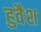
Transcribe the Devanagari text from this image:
हुवैश